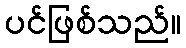
ပင်ဖြစ်သည်။